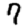
Digit: 7